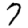
Digit: 7